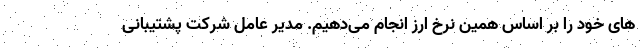
های خود را بر اساس همین نرخ ارز انجام می‌دهیم. مدیر عامل شرکت پشتیبانی